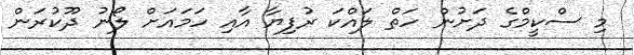
މި ސްކީމްގެ ދަށުން ހަތް ލައްކަ ރުފިޔާ އާއި ހަމައަށް ލޯނު ދޫކުރަން